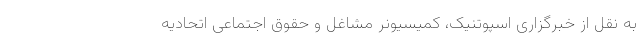
به نقل از خبرگزاری اسپوتنیک، کمیسیونر مشاغل و حقوق اجتماعی اتحادیه